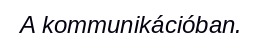
A kommunikációban.